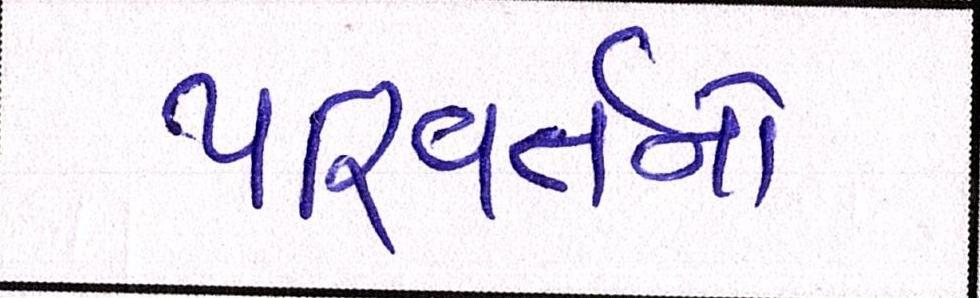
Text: પરિવર્તનો